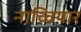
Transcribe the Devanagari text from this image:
नाच्चियार